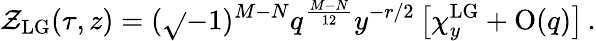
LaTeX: \mathcal{Z}_{\mathrm{{LG}}}(\tau,z)=(\sqrt{}{{-1}})^{M-N}q^{\frac{{M-N}}{{12}}}y^{-r/2}\left[\chi_{y}^{\mathrm{{LG}}}+\mathrm{{O}}(q)\right]\, .